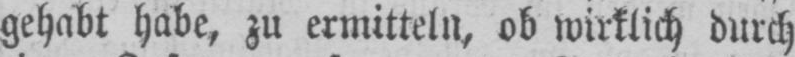
gehabt habe, zu ermitteln, ob wirklich durch